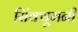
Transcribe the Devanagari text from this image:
सिंक्यूमनी